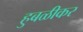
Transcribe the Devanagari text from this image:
हुबळीकर